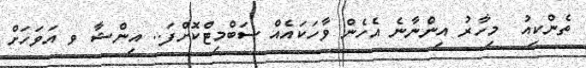
ތެންކިއު  މިހާރު އިންނާނެ އެހެން ވާހަކައެއް ސަބްމިޓްކޮށްފަ.. އިންޝާ ވ އަވަހަށް